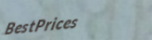
BestPrices